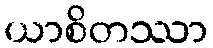
ယာစိတဿာ